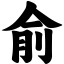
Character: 俞